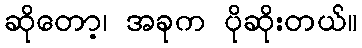
ဆိုတော့၊ အခုက ပိုဆိုးတယ်။